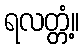
ရလတ္တံ့။